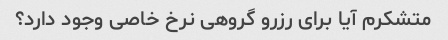
متشکرم آیا برای رزرو گروهی نرخ خاصی وجود دارد؟